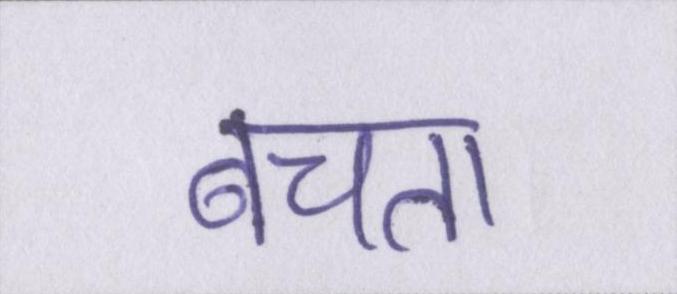
बचता